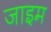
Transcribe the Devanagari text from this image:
जाइम